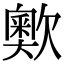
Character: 𣤡